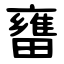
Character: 㽫